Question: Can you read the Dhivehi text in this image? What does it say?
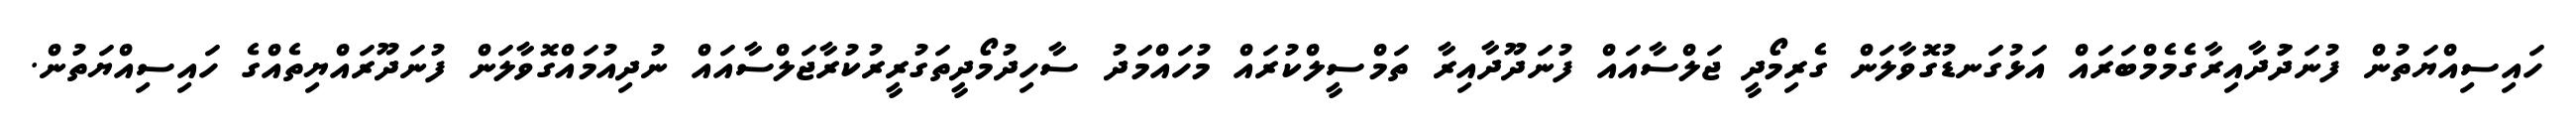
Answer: ހައިސިއްޔަތުން ފުނަދަުދާއިރާގެމެމްބަރައް އަޅުގަނޑުގޮވާލަން ގެރިމޯދީ ޖަލްސާއައް ފުނަދޫދާއިރާ ތަމްސީލްކުރައް މުހައްމަދު ސާހިދުމޯދީތަގުރީރުކުރާޖަލްސާއައް ނުދިއުމައްގޮވާލަން ފުނަދޫރައްޔިތެއްގެ ހައިސިއްޔަތުން.